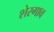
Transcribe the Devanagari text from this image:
शेरगाव